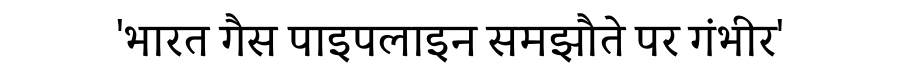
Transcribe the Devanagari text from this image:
'भारत गैस पाइपलाइन समझौते पर गंभीर'